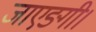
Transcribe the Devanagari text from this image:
जाएङ्गी।